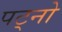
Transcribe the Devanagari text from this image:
पट्नो